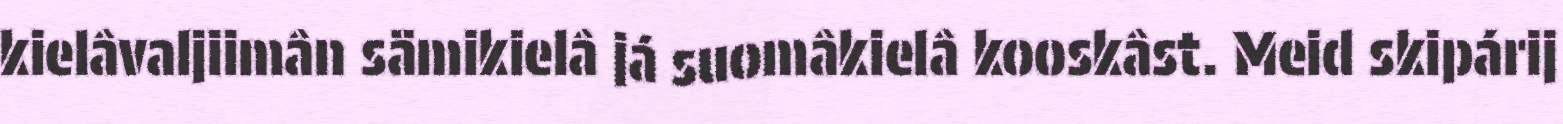
kielâvaljiimân sämikielâ já suomâkielâ kooskâst. Meid skipárij